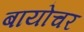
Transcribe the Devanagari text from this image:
बायोचर